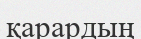
қарардың